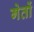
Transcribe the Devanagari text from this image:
गेतों